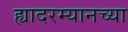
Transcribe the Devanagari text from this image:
ह्यादरम्यानच्या